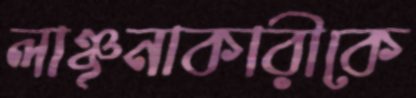
লাঞ্ছনাকারীকে